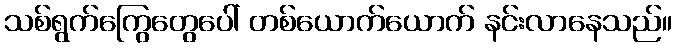
သစ်ရွက်ကြွေတွေပေါ် တစ်ယောက်ယောက် နင်းလာနေသည်။